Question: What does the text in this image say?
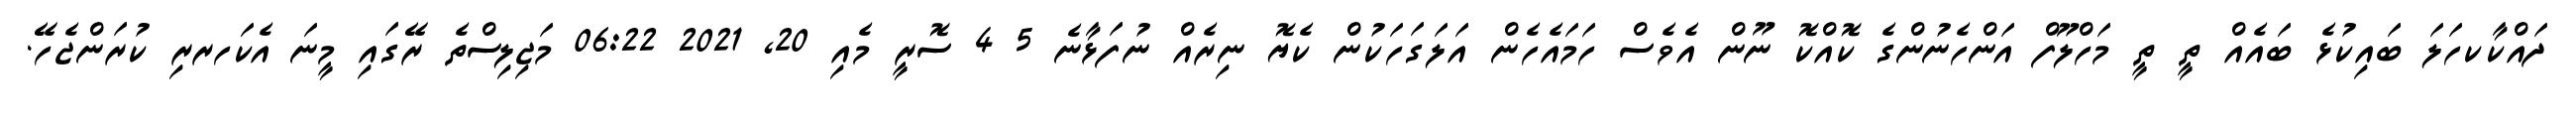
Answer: ދައްކާކހަލަ ބައިކުޅެ ބައެއް ތީ ތީ މަހްލޫފް އަންހެނުންގެ ކޮއްކޮ ނޫން އެވެސް ހަމައެހެން އަލަގަހަކުން ކެޔޮ ނިރެއް ނުފަޅާނެ 5 4 ސޮރީ މެއި 20, 2021 06:22 މަޖިލިސްތެ ރޭގައި މީނަ އެކަހރރި ކުރަންޖެހޭ.